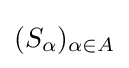
(S_{\alpha })_{\alpha \in A}